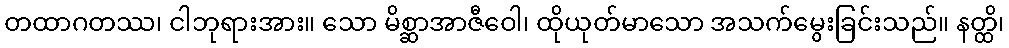
တထာဂတဿ၊ ငါဘုရားအား။ သော မိစ္ဆာအာဇီဝေါ၊ ထိုယုတ်မာသော အသက်မွေးခြင်းသည်။ နတ္ထိ၊